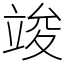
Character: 竣